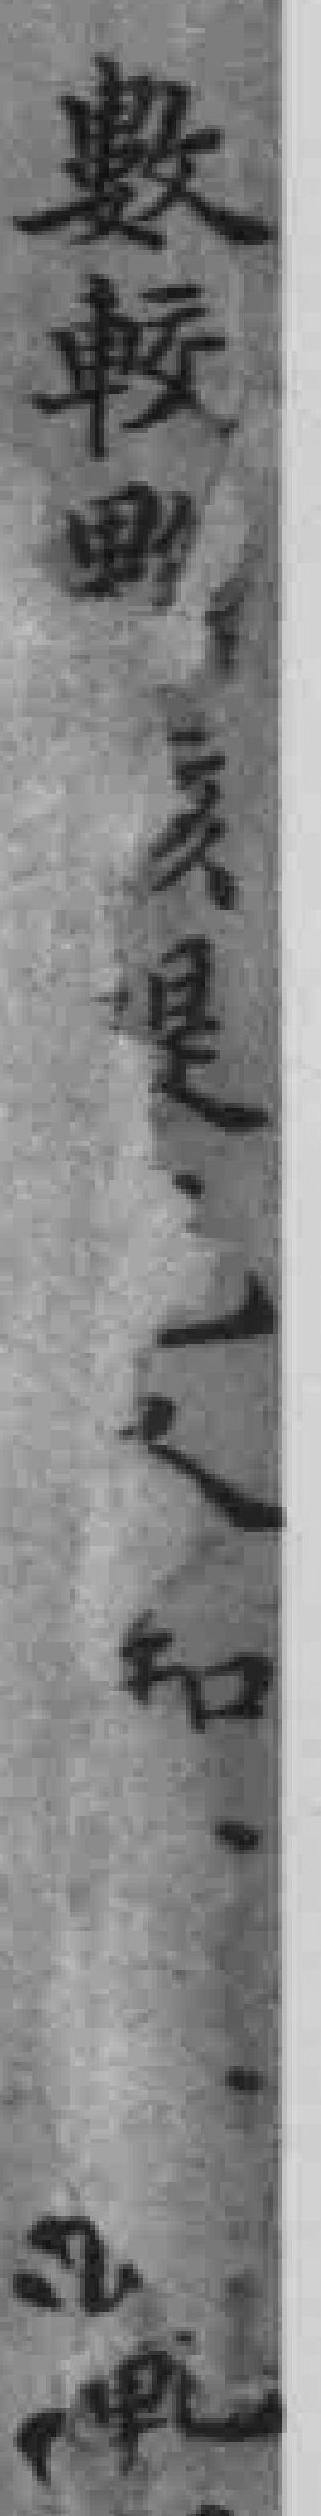
數較則*